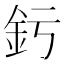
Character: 釫